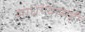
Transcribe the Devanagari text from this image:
साधण्यासही